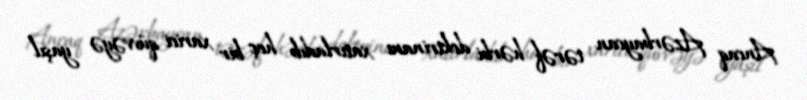
Ancaq Azərbaycan tərəf hərbi doktrinanı xatırladıb heç bir xarici qüvvəyə yaşıl